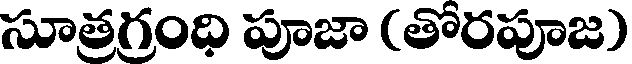
సూత్రగ్రంధి పూజా (తోరపూజ)